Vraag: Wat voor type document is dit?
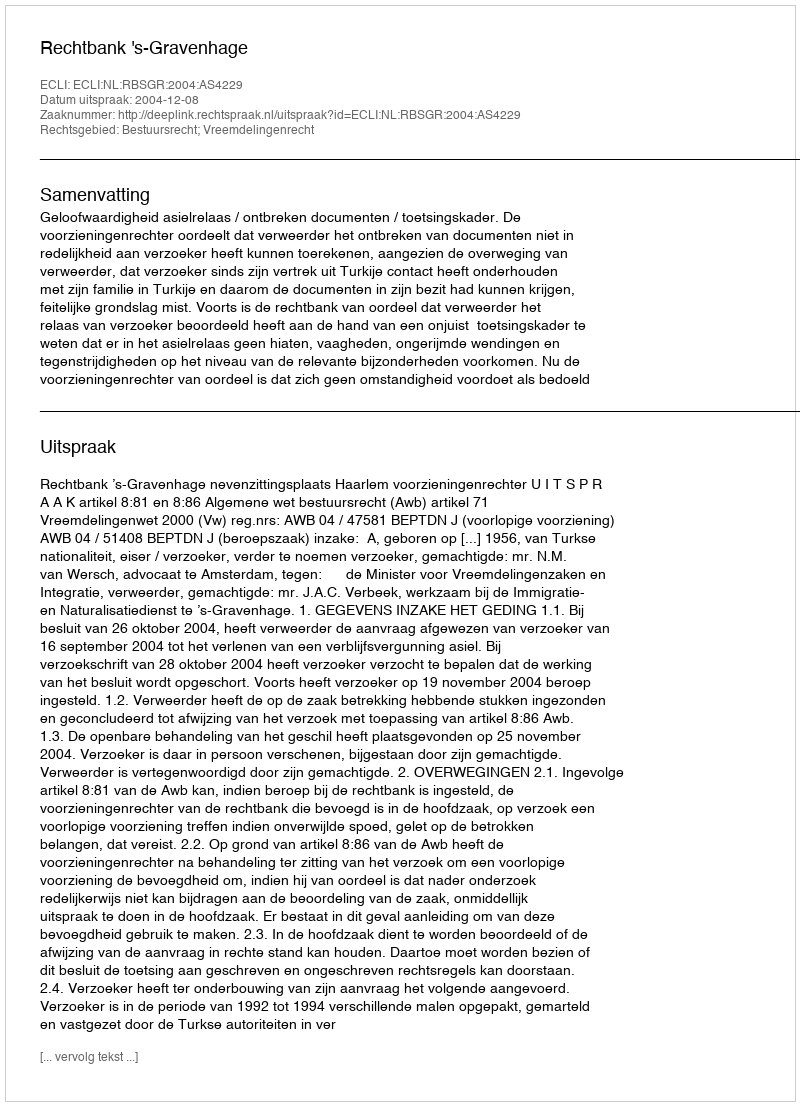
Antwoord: Uitspraak